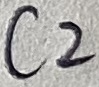
Text: C2